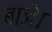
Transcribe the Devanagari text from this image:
बाजे।